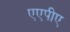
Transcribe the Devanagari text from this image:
एएपीए